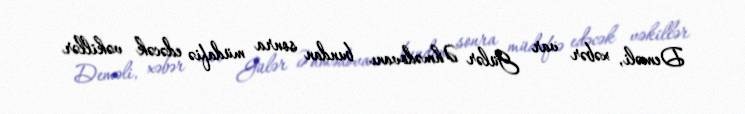
Deməli, xəbər var Gülər Əhmədovanı bundan sonra müdafiə edəcək vəkillər